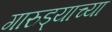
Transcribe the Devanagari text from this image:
गारुड्याच्या